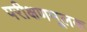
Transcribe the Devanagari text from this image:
परीक्षणमूलक